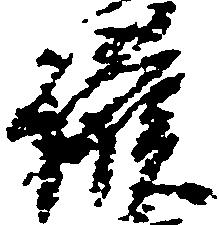
護